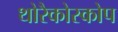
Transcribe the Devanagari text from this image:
थोरैकोस्कोप